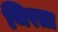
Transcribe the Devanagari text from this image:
थिरता